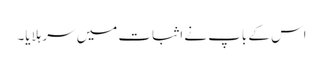
اس کے باپ نے اثبات میں سر ہلایا۔